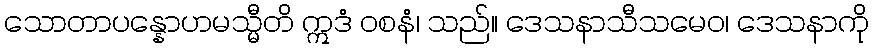
သောတာပန္နောဟမသ္မီတိ ဣဒံ ဝစနံ၊ သည်။ ဒေသနာသီသမေဝ၊ ဒေသနာကို